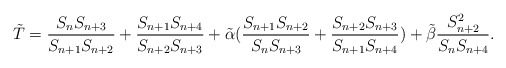
\begin{align*} \tilde{T}=\frac{S_{n}S_{n+3}}{S_{n+1}S_{n+2}}+\frac{S_{n+1}S_{n+4}}{S_{n+2}S_{n+3}}+\tilde\alpha(\frac{S_{n+1}S_{n+2}}{S_{n}S_{n+3}}+\frac{S_{n+2}S_{n+3}}{S_{n+1}S_{n+4}})+\tilde\beta\frac{S_{n+2}^2}{S_{n}S_{n+4}}. \end{align*}